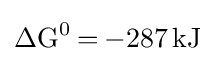
{\ce {\Delta G^0 = -287 kJ}}